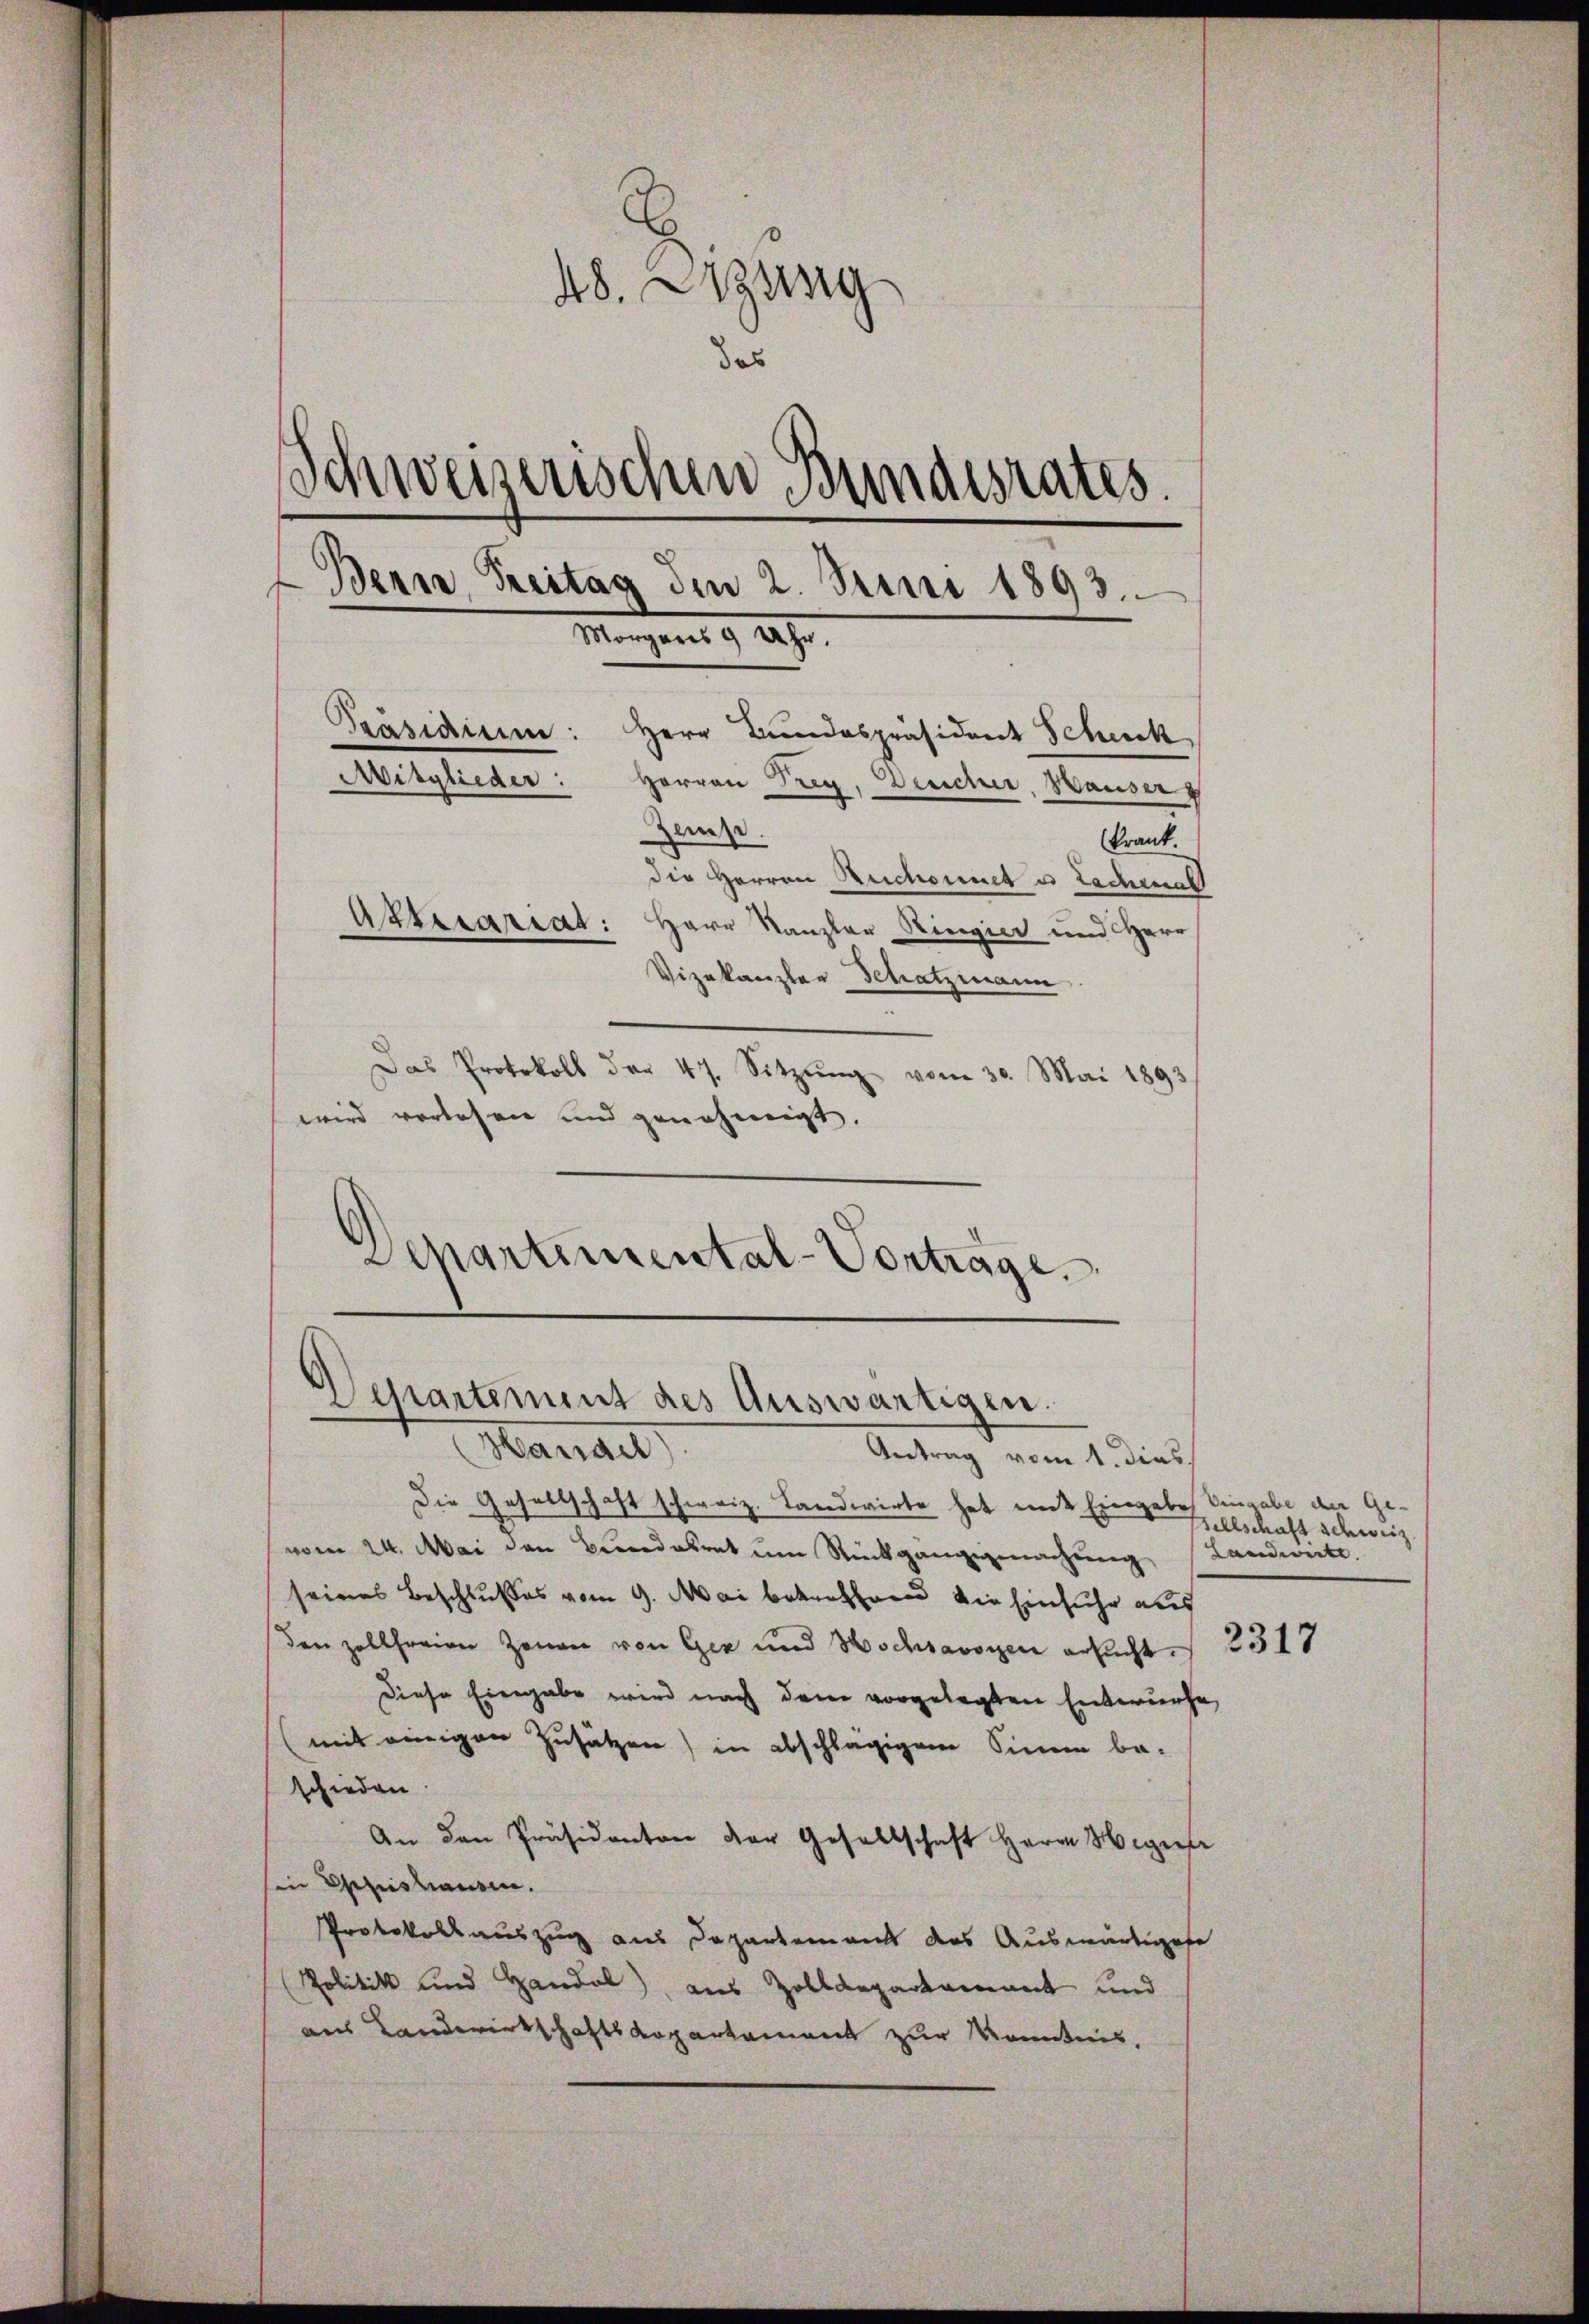
48. Sitzung
das
Schweizerischen Bundesrates
Bern, Freitag den 2. Juni 1893.
Morgens 9 Uhr.
Präsidium: Herr Bundespräsident Schick
Mitglieder: Herren Frey, Deucher, Hauser
Zeuse.
krank.
die Herren Ruchoumet u Lachenalt
Alterariat: Herr Kanzler Ringier und Herr
Vizekanzler Schatzmann

Das Protokoll der 47. Sitzŭng vom 30. Mai 1893
wird verlesen und genehmigt.
Departimental-Vortrage

Departement des Auswärtigen.
Hangel

Antrag vom 1. dies
Die Gesellschaft schweiz. Landwirte hat mit Eingabe Eingabe der Gevom 24. Mai den Bundesrat um Rückgangigmachung (Landwerte.
seines Beschlußes vom 9. Mai betreffend die Einfuhr auf
den zollfreien Zonen von Gez und Hochsavoyen ersucht.
Diese Eingabe wird nach dem vorgelegten Entwurfe,
mit einigen Zusätzen) in abschlägigem Sinnen be-
schieden
An den Präsidenten der Gesellschaft Herrn Hegner
Ein Existiansen.
Protokollauszug aus Departement des Auswärtigese
Politik und Handel) aus Zolldepartamant und
aus Landwirtschaftskopartament zur Kenntnis,

sellschaft schweiz.

2317